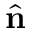
\hat { \bf n }